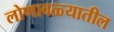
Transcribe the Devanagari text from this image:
लोणावळ्यातील